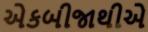
એકબીજાથીએ